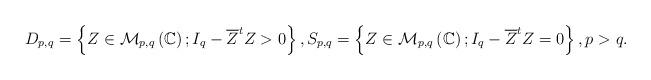
LaTeX: \begin{align*}D_{p,q}=\left\{Z\in\mathcal{M}_{p,q}\left(\mathbb{C}\right);I_{q}-\overline{Z}^{t}Z> 0\right\},S_{p,q}=\left\{Z\in\mathcal{M}_{p,q}\left(\mathbb{C}\right);I_{q}-\overline{Z}^{t}Z= 0\right\},p>q. \end{align*}